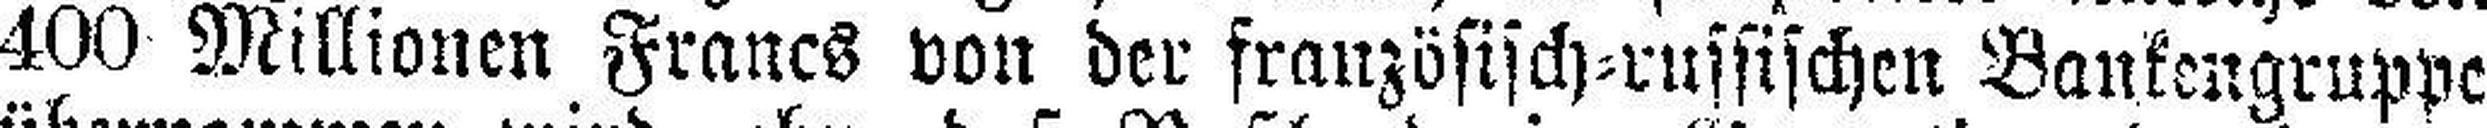
400 Millionen Francs von der französisch=russischen Bankengruppe